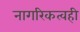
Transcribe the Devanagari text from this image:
नागरिकत्वही